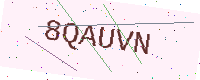
Text: 8QAUVN